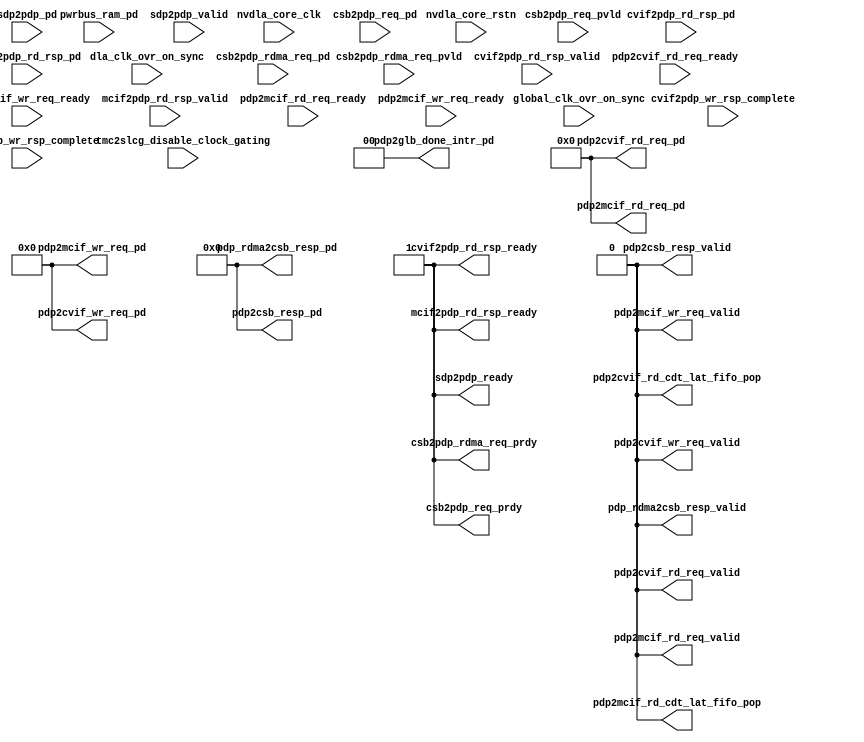
module NV_NVDLA_pdp (
   dla_clk_ovr_on_sync //|< i
  ,global_clk_ovr_on_sync //|< i
  ,tmc2slcg_disable_clock_gating //|< i
  ,nvdla_core_clk //|< i
  ,nvdla_core_rstn //|< i
  ,csb2pdp_rdma_req_pvld //|< i
  ,csb2pdp_rdma_req_prdy //|> o
  ,csb2pdp_rdma_req_pd //|< i
  ,csb2pdp_req_pvld //|< i
  ,csb2pdp_req_prdy //|> o
  ,csb2pdp_req_pd //|< i
  ,cvif2pdp_rd_rsp_valid //|< i
  ,cvif2pdp_rd_rsp_ready //|> o
  ,cvif2pdp_rd_rsp_pd //|< i
  ,cvif2pdp_wr_rsp_complete //|< i
  ,pdp2cvif_rd_cdt_lat_fifo_pop //|> o
  ,pdp2cvif_rd_req_valid //|> o
  ,pdp2cvif_rd_req_ready //|< i
  ,pdp2cvif_rd_req_pd //|> o
  ,pdp2cvif_wr_req_valid //|> o
  ,pdp2cvif_wr_req_ready //|< i
  ,pdp2cvif_wr_req_pd //|> o
  ,mcif2pdp_rd_rsp_valid //|< i
  ,mcif2pdp_rd_rsp_ready //|> o
  ,mcif2pdp_rd_rsp_pd //|< i
  ,mcif2pdp_wr_rsp_complete //|< i
  ,pdp2csb_resp_valid //|> o
  ,pdp2csb_resp_pd //|> o
  ,pdp2glb_done_intr_pd //|> o
  ,pdp2mcif_rd_cdt_lat_fifo_pop //|> o
  ,pdp2mcif_rd_req_valid //|> o
  ,pdp2mcif_rd_req_ready //|< i
  ,pdp2mcif_rd_req_pd //|> o
  ,pdp2mcif_wr_req_valid //|> o
  ,pdp2mcif_wr_req_ready //|< i
  ,pdp2mcif_wr_req_pd //|> o
  ,pdp_rdma2csb_resp_valid //|> o
  ,pdp_rdma2csb_resp_pd //|> o
  ,pwrbus_ram_pd //|< i
  ,sdp2pdp_valid //|< i
  ,sdp2pdp_ready //|> o
  ,sdp2pdp_pd //|< i
  );
///////////////////////////////////////////////////////////////////////
input dla_clk_ovr_on_sync;
input global_clk_ovr_on_sync;
input tmc2slcg_disable_clock_gating;
 input nvdla_core_clk;
 input nvdla_core_rstn;
 input csb2pdp_rdma_req_pvld;
 output csb2pdp_rdma_req_prdy;
 input [62:0] csb2pdp_rdma_req_pd;
 input csb2pdp_req_pvld;
 output csb2pdp_req_prdy;
 input [62:0] csb2pdp_req_pd;
 input cvif2pdp_rd_rsp_valid;
 output cvif2pdp_rd_rsp_ready;
 input [( 256 + (256/8/32) )-1:0] cvif2pdp_rd_rsp_pd;
 input cvif2pdp_wr_rsp_complete;
 output pdp2cvif_rd_cdt_lat_fifo_pop;
 output pdp2cvif_rd_req_valid;
 input pdp2cvif_rd_req_ready;
 output [64 +14:0] pdp2cvif_rd_req_pd;
 output pdp2cvif_wr_req_valid;
 input pdp2cvif_wr_req_ready;
 output [( 256 + (256/8/32) + 1 )-1:0] pdp2cvif_wr_req_pd;
 input mcif2pdp_rd_rsp_valid;
 output mcif2pdp_rd_rsp_ready;
 input [( 256 + (256/8/32) )-1:0] mcif2pdp_rd_rsp_pd;
 input mcif2pdp_wr_rsp_complete;
 output pdp2csb_resp_valid;
 output [33:0] pdp2csb_resp_pd;
 output [1:0] pdp2glb_done_intr_pd;
 output pdp2mcif_rd_cdt_lat_fifo_pop;
 output pdp2mcif_rd_req_valid;
 input pdp2mcif_rd_req_ready;
 output [64 +14:0] pdp2mcif_rd_req_pd;
 output pdp2mcif_wr_req_valid;
 input pdp2mcif_wr_req_ready;
 output [( 256 + (256/8/32) + 1 )-1:0] pdp2mcif_wr_req_pd;
 output pdp_rdma2csb_resp_valid;
 output [33:0] pdp_rdma2csb_resp_pd;
 input [31:0] pwrbus_ram_pd;
 input sdp2pdp_valid;
 output sdp2pdp_ready;
 input [8*16 -1:0] sdp2pdp_pd;
//
///////////////////////////////////////////////////////////////////////
assign csb2pdp_req_prdy             =   1'b1;
assign pdp2csb_resp_valid           =   1'b0;
assign pdp2csb_resp_pd              =  34'd0;

assign csb2pdp_rdma_req_prdy        =   1'b1;
assign pdp_rdma2csb_resp_valid      =   1'b0;
assign pdp_rdma2csb_resp_pd         =  34'd0;

assign sdp2pdp_ready                =   1'b1;

assign cvif2pdp_rd_rsp_ready        =   1'b1;
assign pdp2cvif_rd_cdt_lat_fifo_pop =   1'b0;
assign pdp2cvif_rd_req_valid        =   1'b0;
assign pdp2cvif_rd_req_pd           =  79'd0;
assign pdp2cvif_wr_req_valid        =   1'b0;
assign pdp2cvif_wr_req_pd           = 258'd0;

assign mcif2pdp_rd_rsp_ready        =   1'b1;
assign pdp2mcif_rd_cdt_lat_fifo_pop =   1'b0;
assign pdp2mcif_rd_req_valid        =   1'b0;
assign pdp2mcif_rd_req_pd           =  79'd0;
assign pdp2mcif_wr_req_valid        =   1'b0;
assign pdp2mcif_wr_req_pd           = 258'd0;

assign pdp2glb_done_intr_pd         =   2'd0;
///////////////////////////////////////////////////////////////////////
//
endmodule